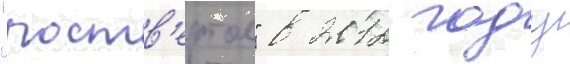
"роств'ертол" в 2012 году